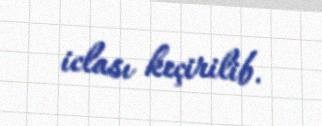
iclası keçirilib.